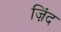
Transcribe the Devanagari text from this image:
ज़िंद